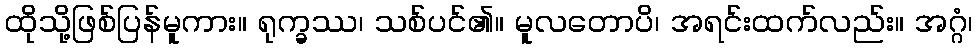
ထိုသို့ဖြစ်ပြန်မူကား။ ရုက္ခဿ၊ သစ်ပင်၏။ မူလတောပိ၊ အရင်းထက်လည်း။ အဂ္ဂံ၊